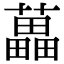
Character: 藟